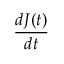
\frac { d J ( t ) } { d t }